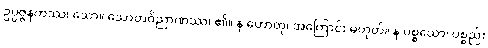
ဥပ္ပဇ္ဇနကဿ၊ သော။ သောတဝိညာဏဿ၊ ၏။ န ဟောတု၊ အကြောင်း မဟုတ်။ န ပစ္စယော၊ ပစ္စည်း